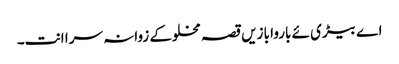
اے بیڑی ئے باروا بازیں قصہ مخلوکے زوانہ سرا انت۔